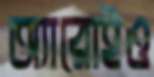
অ্যারোইও